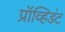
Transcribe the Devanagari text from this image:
प्रॉव्हिडंट